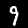
Digit: 9